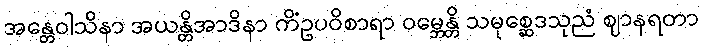
အန္တေဝါသိနာ အယန္တိအာဒိနာ ကိံဥပဝိစာရာ ဝမ္ဘေန္တိ သမုစ္ဆေဒသုညံ ဈာနရတာ